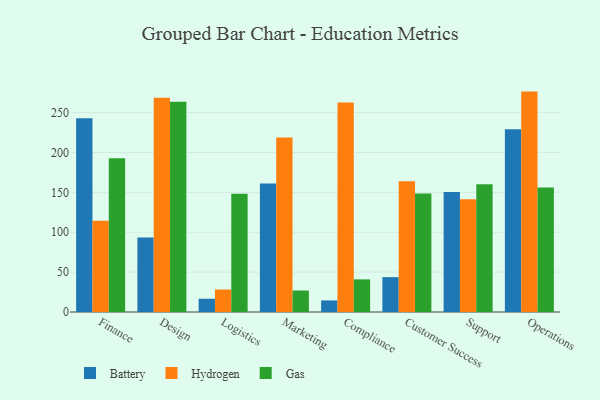
{"axis": {"x": "Department", "y": "Waste Production (Tons)"}, "legend": ["Battery", "Gas", "Hydrogen"], "data": [{"x": "Finance", "y": 242.8, "type": "Battery"}, {"x": "Finance", "y": 114.5, "type": "Hydrogen"}, {"x": "Finance", "y": 192.7, "type": "Gas"}, {"x": "Design", "y": 93.4, "type": "Battery"}, {"x": "Design", "y": 268.6, "type": "Hydrogen"}, {"x": "Design", "y": 263.6, "type": "Gas"}, {"x": "Logistics", "y": 16.6, "type": "Battery"}, {"x": "Logistics", "y": 28.2, "type": "Hydrogen"}, {"x": "Logistics", "y": 148.1, "type": "Gas"}, {"x": "Marketing", "y": 161.1, "type": "Battery"}, {"x": "Marketing", "y": 218.8, "type": "Hydrogen"}, {"x": "Marketing", "y": 26.9, "type": "Gas"}, {"x": "Compliance", "y": 14.5, "type": "Battery"}, {"x": "Compliance", "y": 262.6, "type": "Hydrogen"}, {"x": "Compliance", "y": 40.9, "type": "Gas"}, {"x": "Customer Success", "y": 43.7, "type": "Battery"}, {"x": "Customer Success", "y": 164.0, "type": "Hydrogen"}, {"x": "Customer Success", "y": 148.4, "type": "Gas"}, {"x": "Support", "y": 150.4, "type": "Battery"}, {"x": "Support", "y": 141.4, "type": "Hydrogen"}, {"x": "Support", "y": 160.2, "type": "Gas"}, {"x": "Operations", "y": 229.0, "type": "Battery"}, {"x": "Operations", "y": 276.3, "type": "Hydrogen"}, {"x": "Operations", "y": 156.0, "type": "Gas"}]}